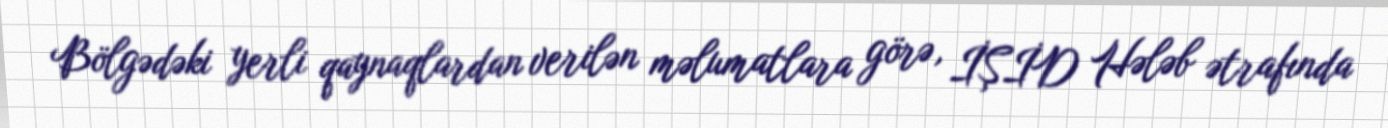
Bölgədəki yerli qaynaqlardan verilən məlumatlara görə, İŞİD Hələb ətrafında